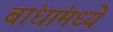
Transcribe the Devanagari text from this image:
बांधांमध्ये